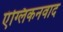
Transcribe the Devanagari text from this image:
एंग्लिकनवाद